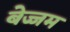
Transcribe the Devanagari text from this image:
बेज्जम